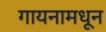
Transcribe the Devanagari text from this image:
गायनामधून